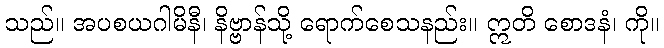
သည်။ အပစယဂါမိနီ၊ နိဗ္ဗာန်သို့ ရောက်စေသနည်း။ ဣတိ စောဒနံ၊ ကို။